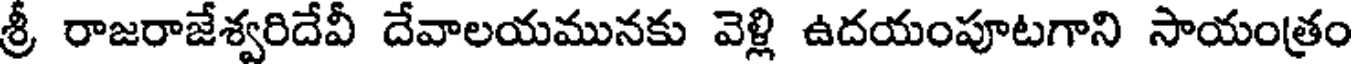
శ్రీ రాజరాజేశ్వరిదేవీ దేవాలయమునకు వెళ్లి ఉదయంపూటగాని సాయంత్రం